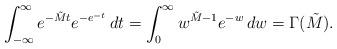
LaTeX: \begin{align*}\int_{-\infty}^\infty e^{-\tilde M t} e^{-e^{-t}}\, dt = \int_0^\infty w^{\tilde M -1} e^{-w}\, dw = \Gamma(\tilde M).\end{align*}